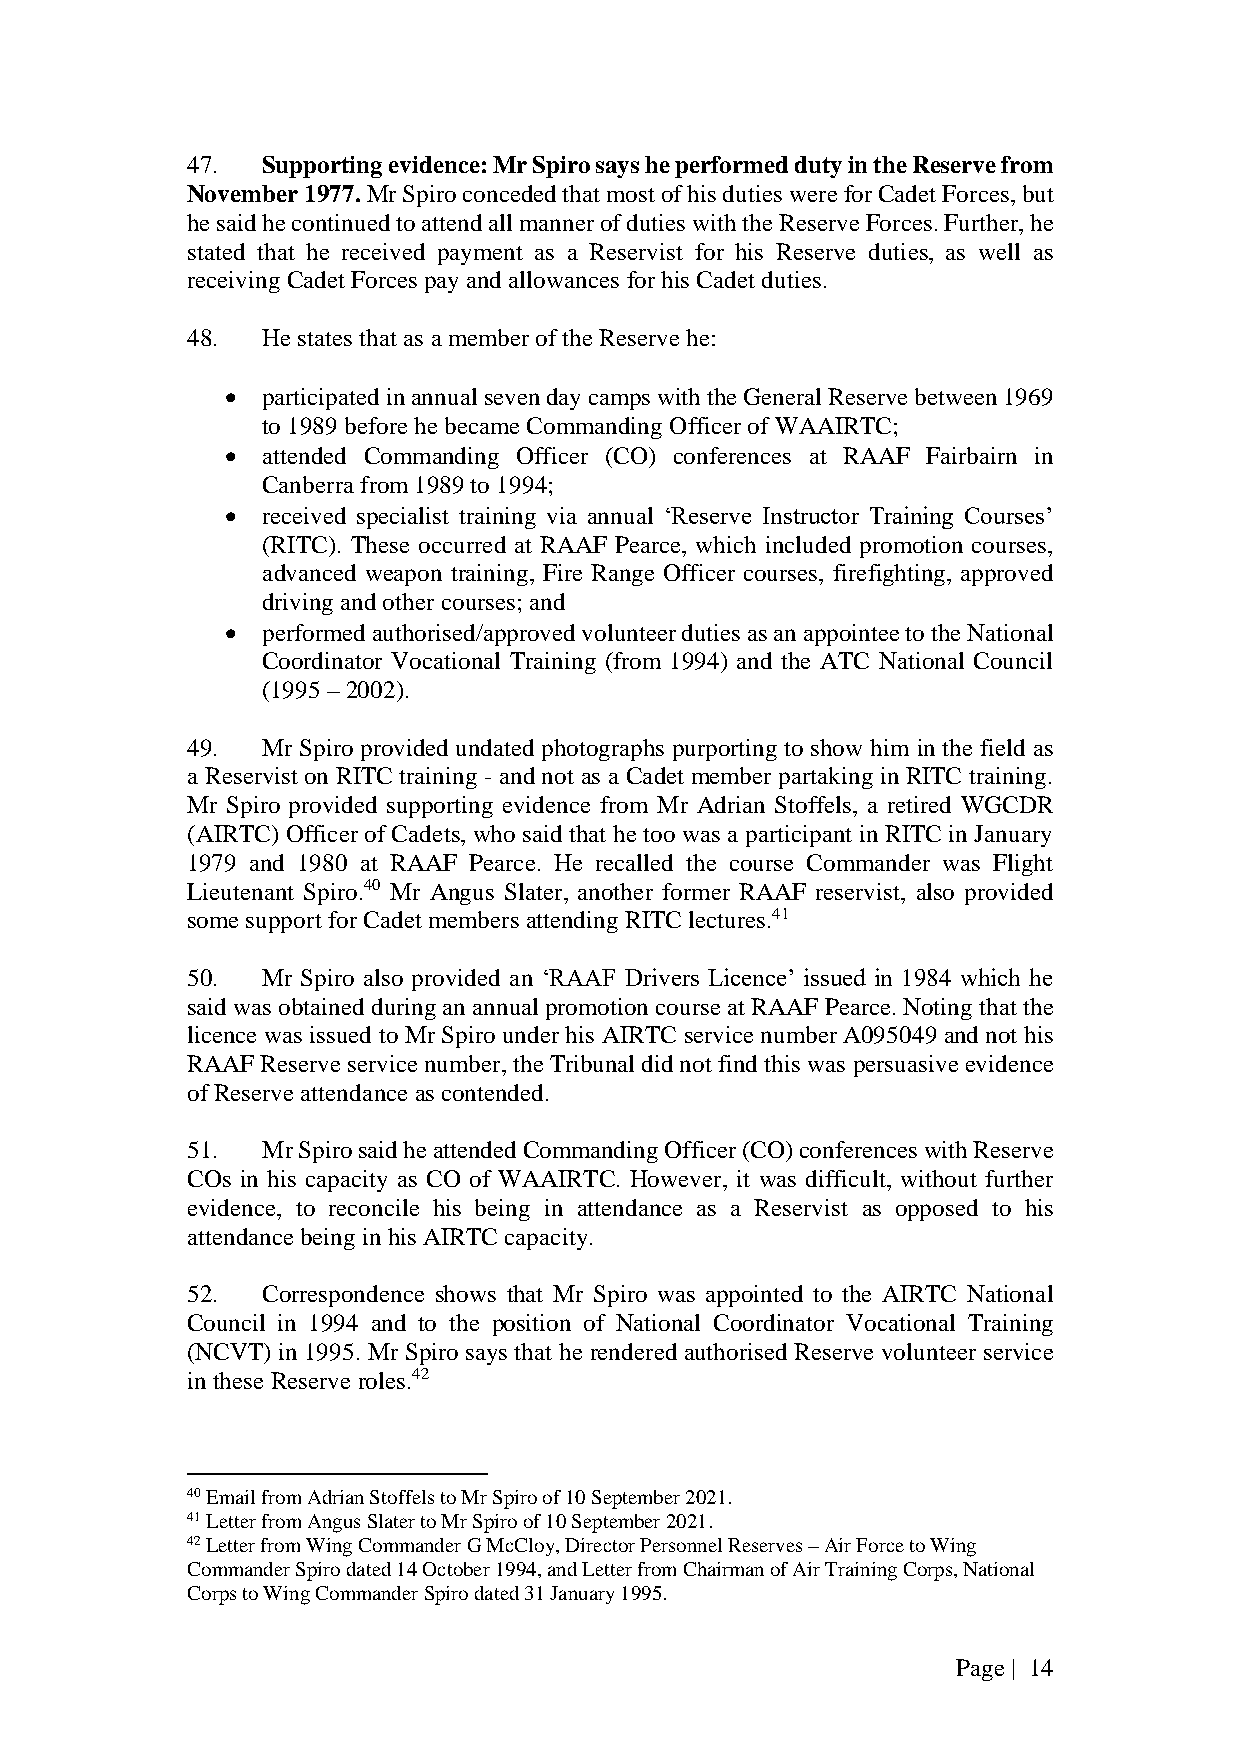
47.  Supporting evidence: Mr Spiro says he performed duty in the Reserve from
 November 1977. Mr Spiro conceded that most of his duties were for Cadet Forces, but
 he said he continued to attend all manner of duties with the Reserve Forces. Further, he
 stated that he received payment as a Reservist for his Reserve duties, as well as
 receiving Cadet Forces pay and allowances for his Cadet duties.
 48.  He states that as a member of the Reserve he:
  participated in annual seven day camps with the General Reserve between 1969
 to 1989 before he became Commanding Officer of WAAIRTC;
  attended Commanding Officer (CO) conferences at RAAF Fairbairn in
 Canberra from 1989 to 1994;
  received specialist training via annual ‘Reserve Instructor Training Courses’
 (RITC). These occurred at RAAF Pearce, which included promotion courses,
 advanced weapon training, Fire Range Officer courses, firefighting, approved
 driving and other courses; and
  performed authorised/approved volunteer duties as an appointee to the National
 Coordinator Vocational Training (from 1994) and the ATC National Council
 (1995 – 2002).
 49.  Mr Spiro provided undated photographs purporting to show him in the field as
 a Reservist on RITC training - and not as a Cadet member partaking in RITC training.
 Mr Spiro provided supporting evidence from Mr Adrian Stoffels, a retired WGCDR
 (AIRTC) Officer of Cadets, who said that he too was a participant in RITC in January
 1979 and 1980 at RAAF Pearce. He recalled the course Commander was Flight
 Lieutenant Spiro.40 Mr Angus Slater, another former RAAF reservist, also provided
 some support for Cadet members attending RITC lectures.41
 50.  Mr Spiro also provided an ‘RAAF Drivers Licence’ issued in 1984 which he
 said was obtained during an annual promotion course at RAAF Pearce. Noting that the
 licence was issued to Mr Spiro under his AIRTC service number A095049 and not his
 RAAF Reserve service number, the Tribunal did not find this was persuasive evidence
 of Reserve attendance as contended.
 51.  Mr Spiro said he attended Commanding Officer (CO) conferences with Reserve
 COs in his capacity as CO of WAAIRTC. However, it was difficult, without further
 evidence, to reconcile his being in attendance as a Reservist as opposed to his
 attendance being in his AIRTC capacity.
 52.  Correspondence shows that Mr Spiro was appointed to the AIRTC National
 Council in 1994 and to the position of National Coordinator Vocational Training
 (NCVT) in 1995. Mr Spiro says that he rendered authorised Reserve volunteer service
 in these Reserve roles.42
 40 Email from Adrian Stoffels to Mr Spiro of 10 September 2021.
 41 Letter from Angus Slater to Mr Spiro of 10 September 2021.
 42 Letter from Wing Commander G McCloy, Director Personnel Reserves – Air Force to Wing
 Commander Spiro dated 14 October 1994, and Letter from Chairman of Air Training Corps, National
 Corps to Wing Commander Spiro dated 31 January 1995.
 Page | 14